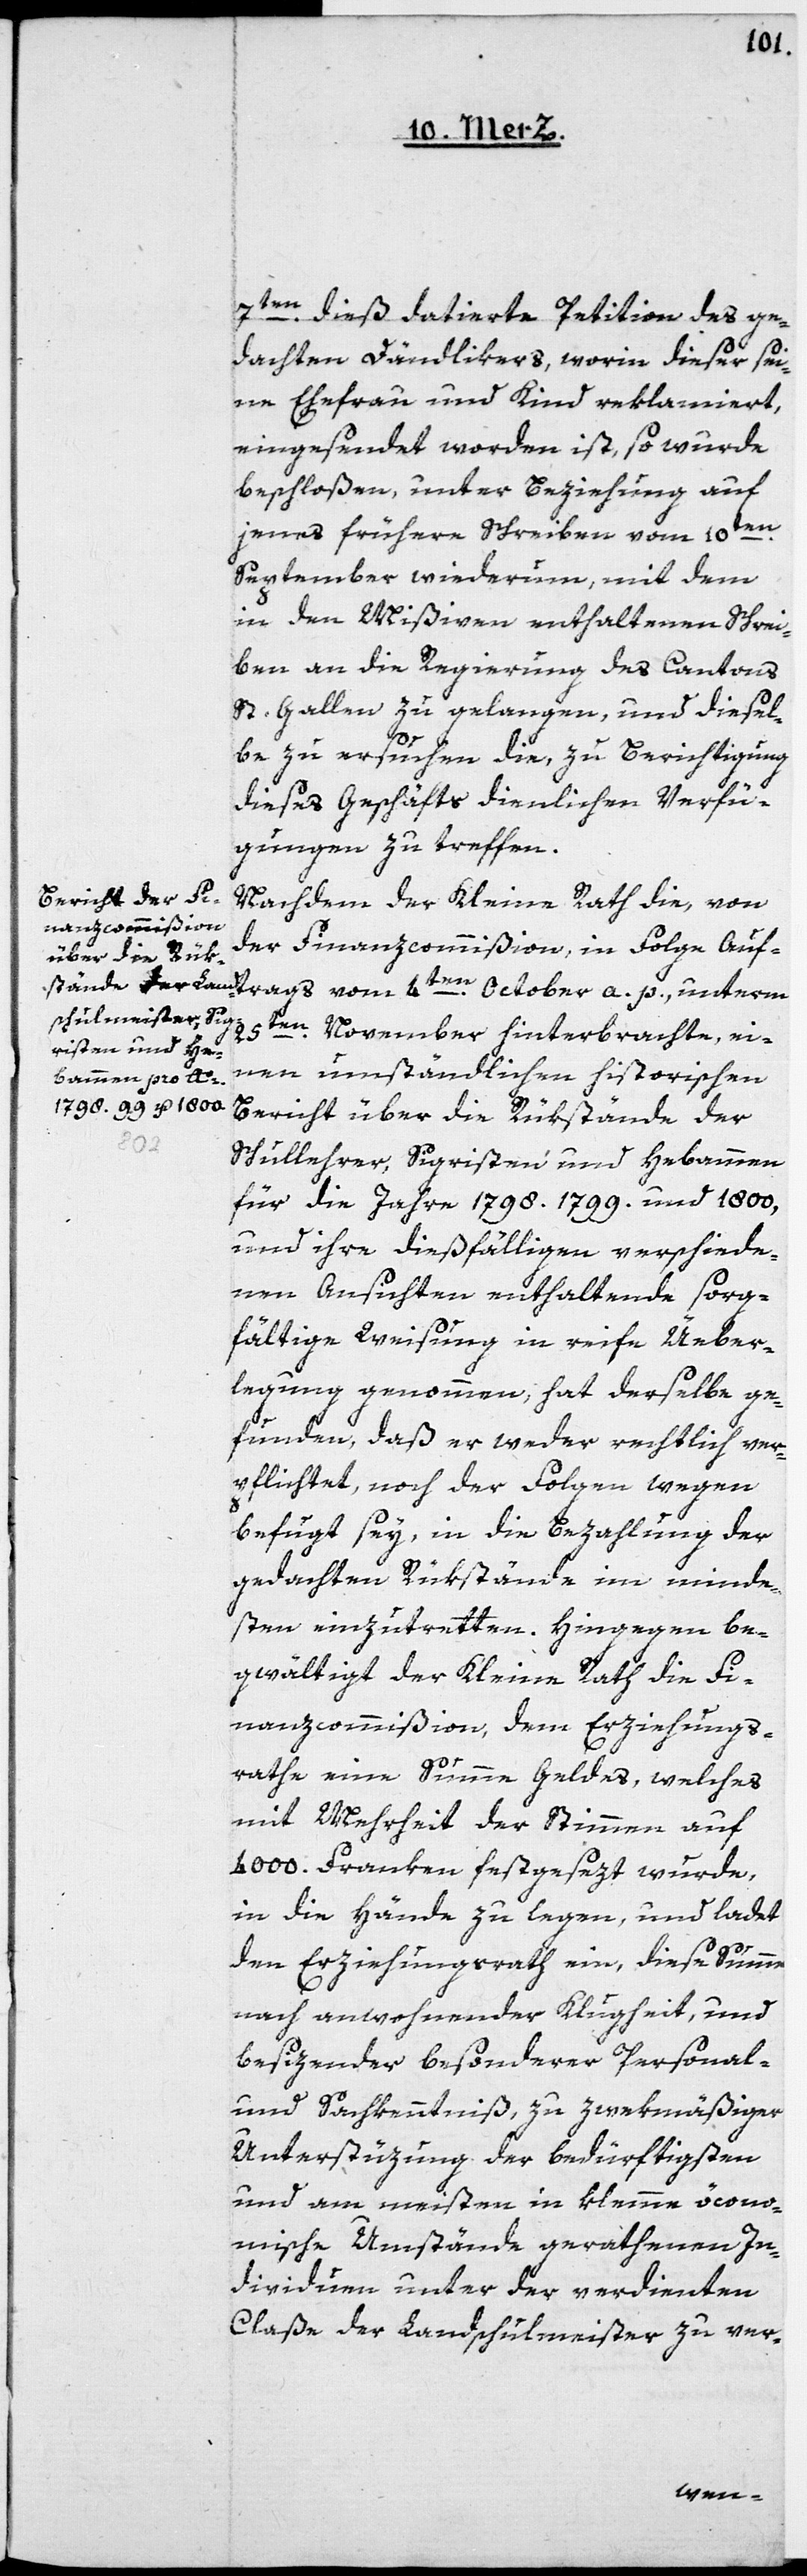
7ten dieß datierte Petition des ge¬
dachten Dändlikers, worin dieser sei¬
ne Ehefrau und Kind reklamiert,
eingesendet worden ist, so wurde
beschloßen, unter Beziehung auf
jenes frühere Schreiben vom 10ten
September wiederum, mit dem
in den Mißiven enthaltenen Schrei¬
ben an die Regierung des Cantons
St. Gallen zu gelangen, und diesel¬
be zu ersuchen, die zu Berichtigung
dieses Geschäfts dienlichen Verfü¬
gungen zu treffen.
Nachdem der Kleine Rath die, von
der Finanzcommißion, in Folge Auf¬
25ten November hinterbrachte, ei¬
nen umständlichen historischen
Bericht über die Rükstände der
a.
Schullehrer, Sigristen und Hebammen
für die Jahre 1798. 1799. und 1800,
und ihre dießfälligen verschiede¬
nen Ansichten enthaltende sorg¬
fältige Weisung in reife Ueber¬
legung genommen, hat derselbe ge¬
funden, daß er weder rechtlich ver¬
pflichtet, noch der Folgen wegen
befugt sey, in die Bezahlung der
gedachten Rükstände im minde¬
sten einzutretten. Hingegen be¬
gwältigt der Kleine Rath die Fi¬
nanzcommißion, dem Erziehungs¬
rathe eine Summe Geldes, welches
mit Mehrheit der Stimmen auf
4000. Franken festgesezt wurde,
in die Hände zu legen, und ladet
den Erziehungsrath ein, diese Summe
nach anwohnender Klugheit, und
besizender besonderer Personal-
und Sachkenntniß, zu zwekmäßiger
Unterstüzung der bedürftigsten
und am meisten in klemme ökono¬
öconomische Umstände gerathenen In¬
dividuen unter der verdienten
Claße der Landschulmeister zu ver-
kleinne